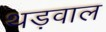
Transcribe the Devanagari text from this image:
थड़वाल